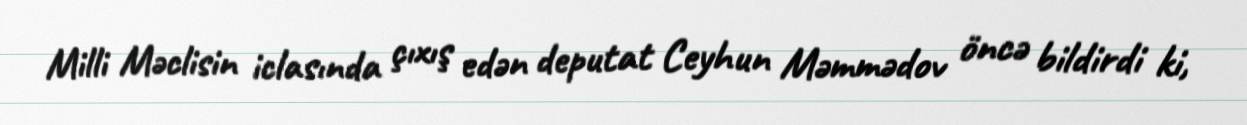
Milli Məclisin iclasında çıxış edən deputat Ceyhun Məmmədov öncə bildirdi ki,